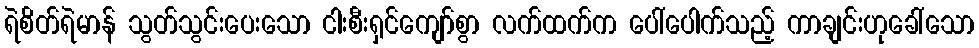
ရဲစိတ်ရဲမာန် သွတ်သွင်းပေးသော ငါးစီးရှင်ကျော်စွာ လက်ထက်က ပေါ်ပေါက်သည့် ကာချင်းဟုခေါ်သော